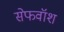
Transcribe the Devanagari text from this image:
सेफवॉश